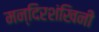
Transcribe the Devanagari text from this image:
मन्दिरशंखिनी